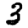
Digit: 3